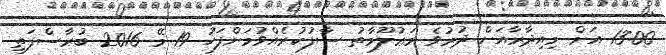
13:00 އަށް މިއިދާރާއަށް ދުރުވެ މަޢުލޫމާތު ސާފުކުރެއްވުމަށްފަހު 19 މޭ 2016 ބުރާސްފަތި